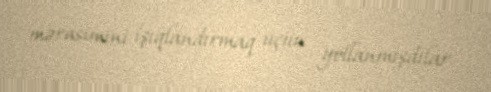
mərasimini işıqlandırmaq üçün yollanmışdılar.